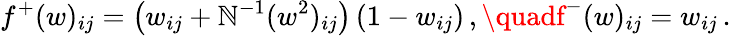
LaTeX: f^{+}(w)_{ij}=\big(w_{ij}+\mathbb{N}^{-1}(w^{2})_{ij}\big)\, (1-w_{ij})\, ,\quadf^{-}(w)_{ij}=w_{ij}\, .